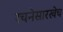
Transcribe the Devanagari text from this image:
रचनेसारखेच